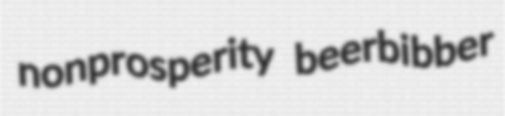
nonprosperity beerbibber